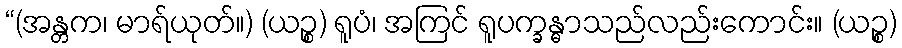
“(အန္တက၊ မာရ်ယုတ်။) (ယဉ္စ) ရူပံ၊ အကြင် ရူပက္ခန္ဓာသည်လည်းကောင်း။ (ယဉ္စ)